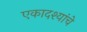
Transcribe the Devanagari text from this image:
एकादश्यांचे